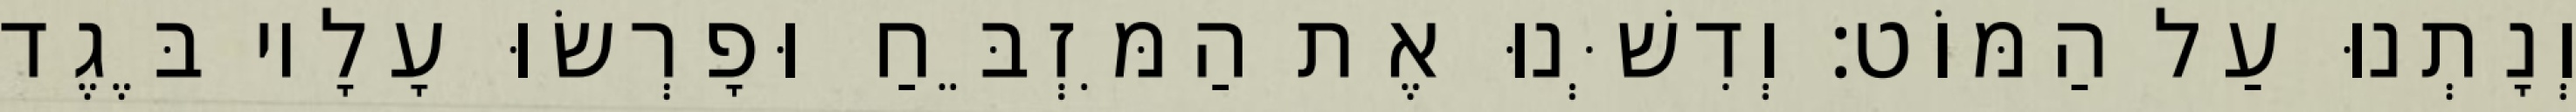
וְנָתְנוּ עַל הַמּוֹט׃ וְדִשְּׁנוּ אֶת הַמִּזְבֵּחַ וּפָרְשׂוּ עָלָיו בֶּגֶד